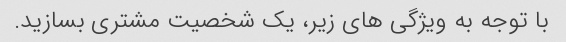
با توجه به ویژگی های زیر، یک شخصیت مشتری بسازید.